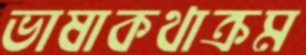
ভাষাকথাক্রম